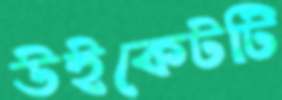
উইকেটটি